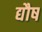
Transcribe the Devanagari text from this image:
द्यौष